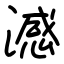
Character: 澸